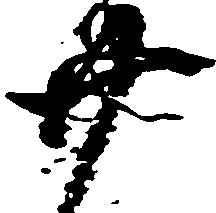
廿